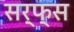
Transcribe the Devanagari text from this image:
सर्फ्स